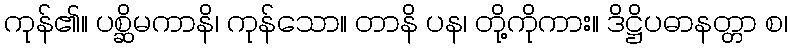
ကုန်၏။ ပစ္ဆိမကာနိ၊ ကုန်သော။ တာနိ ပန၊ တို့ကိုကား။ ဒိဋ္ဌိပဓာနတ္တာ စ၊